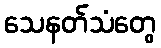
သေနတ်သံတွေ